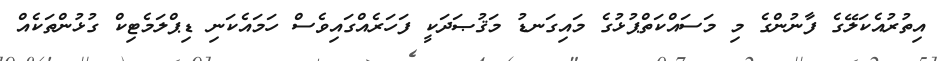
އިތުރުއެކަލޭގެ ފާނުންގެ މި މަސައްކަތްޕުޅުގެ މައިގަނޑު މަޤުޞަދަކީ ފަހަރެއްގައިވެސް ހަމައެކަނި ޑިޕްލަމެޓިކް ގުޅުންތަކެއް